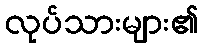
လုပ်သားများ၏